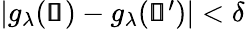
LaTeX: \begin{array}{r}{|g_{\lambda}(\pmb{\mathscr{s}})-g_{\lambda}(\pmb{\mathscr{s}}^{\prime})|<\delta}\end{array}